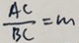
\frac { A C } { B C } = m